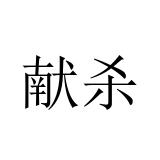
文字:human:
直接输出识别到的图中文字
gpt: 献杀